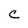
Character: C